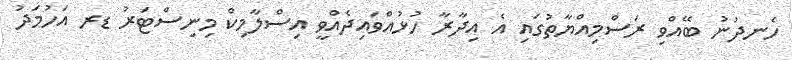
ހެނދުނު ބޭއްވި ރަސްމިއްޔާތުގައި އެ އިދާރާ ހުޅުއްވައިދެއްވީ އިސްލާމިކް މިނިސްޓަރު ޑރ އަހުމަދު